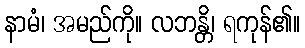
နာမံ၊ အမည်ကို။ လဘန္တိ၊ ရကုန်၏။